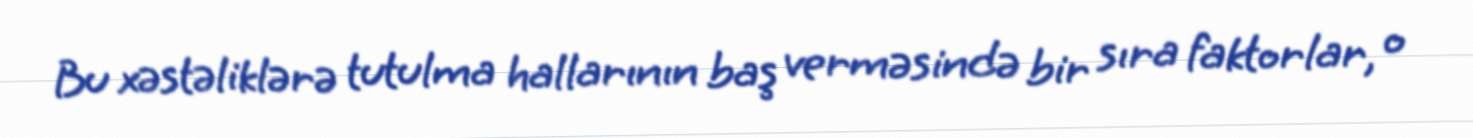
Bu xəstəliklərə tutulma hallarının baş verməsində bir sıra faktorlar, o